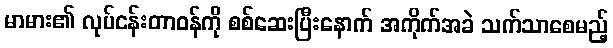
မာမား၏ လုပ်ငန်းတာဝန်ကို စစ်ဆေးပြီးနောက် အကိုက်အခဲ သက်သာစေမည့်